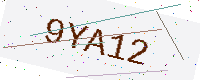
Text: 9YA12